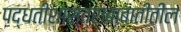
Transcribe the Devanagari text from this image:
पद्धतीशास्त्राबाबातीतील